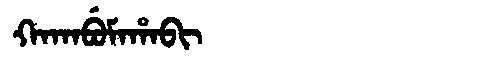
Manchu: ᡴᠠᡴᠠᠪᡠᠮᠠᡥᠠᠪᡳ
Romanization: KAKABUMAHABI